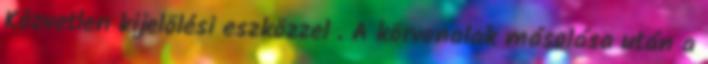
Közvetlen kijelölési eszközzel . A körvonalak másolása után a